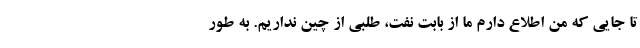
تا جایی که من اطلاع دارم ما از بابت نفت، طلبی از چین نداریم. به طور